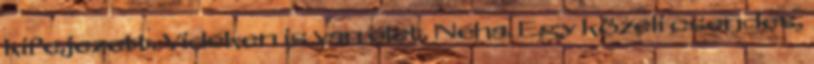
kifejezett. Vidéken is van élet. Néha. Egy közeli csendes,